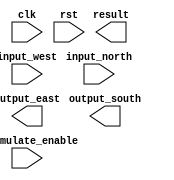
module PE #(
    parameter DATA_WIDTH=16 // 8bit inputs
) (
    input clk, rst,
    input accumulate_enable,
    input [DATA_WIDTH-1:0] input_north, input_west,
    output reg [DATA_WIDTH-1:0] output_south, output_east,
    output reg [DATA_WIDTH-1:0] result
);

endmodule